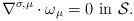
\begin{align*}\nabla^{\sigma,\mu}\cdot \omega_\mu=0\mbox{ in }{\mathcal S}.\end{align*}